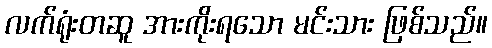
လက်ရုံးတဆူ အားကိုးရသော မင်းသား ဖြစ်သည်။